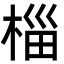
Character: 椔